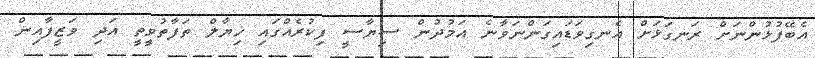
އެބޭފުޅުންނަށް ރަނގަޅަށް އެނގިވަޑައިގަންނަވާނެ އަމުދުން ސިޔާސީ ފިކުރެއްގައި ޚިޔާލް ތަފާތުވީތީ އަދި ވަޒީފާއިން